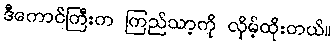
ဒီကောင်ကြီးက ကြည်သာ့ကို လှိမ့်ထိုးတယ်။